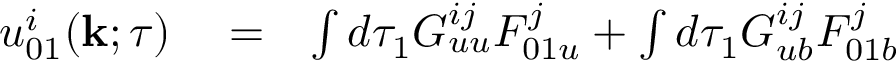
\begin{array} { r l r } { u _ { 0 1 } ^ { i } ( { \bf { k } } ; \tau ) } & { { } = } & { \int d \tau _ { 1 } G _ { u u } ^ { i j } F _ { 0 1 u } ^ { j } + \int d \tau _ { 1 } G _ { u b } ^ { i j } F _ { 0 1 b } ^ { j } } \end{array}